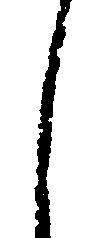
く